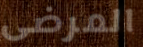
المرضى